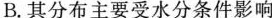
B.其分布主要受水分条件影响